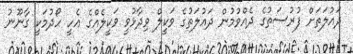
ދައުލަތަށް ފުރުސަތުގެ ދެއްވުމުން ދައުލަތުގެ ވަކީލް ވިދާޅުވީ ވަކީލެއްގެ އެހީ ހޯދުމަކީ ގާނޫނު